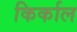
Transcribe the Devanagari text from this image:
किर्काल